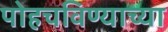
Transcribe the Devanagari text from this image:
पोहचविण्याच्या